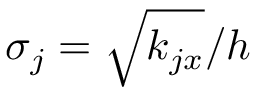
\sigma _ { j } = \sqrt { k _ { j x } } / h